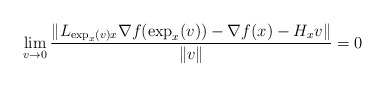
\begin{align*}\lim_{v\to 0}\frac{\|L_{\exp_{x}(v)x}\nabla f(\exp_{x}(v))-\nabla f(x)-H_{x}v\|}{\|v\|}=0\end{align*}